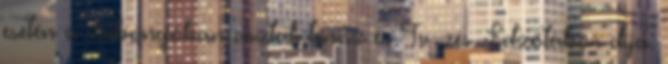
esetén a zsibongóban asztali tenisz és Tv-zés. Edzőtábor díja: